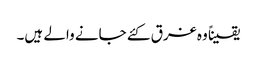
یقیناً وہ غرق کئے جانے والے ہیں۔